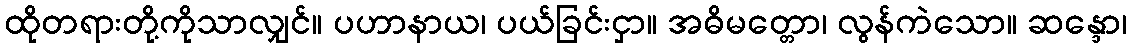
ထိုတရားတို့ကိုသာလျှင်။ ပဟာနာယ၊ ပယ်ခြင်းငှာ။ အဓိမတ္တော၊ လွန်ကဲသော။ ဆန္ဒော၊